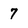
Character: 7